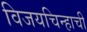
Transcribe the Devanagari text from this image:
विजयचिन्हाची